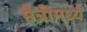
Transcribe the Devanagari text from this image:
मैत्रीमध्ये